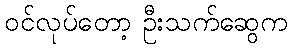
ဝင်လုပ်တော့ ဦးသက်ဆွေက